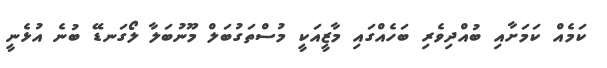
ކަމެއް ކަމަށާއި ބުއްދިވެރި ބަހެއްގައި މާޒީއަކީ މުސްތަގުބަލް މޫނުބަލާ ލޯގަނޑޭ ބުނެ އުޅެނީ